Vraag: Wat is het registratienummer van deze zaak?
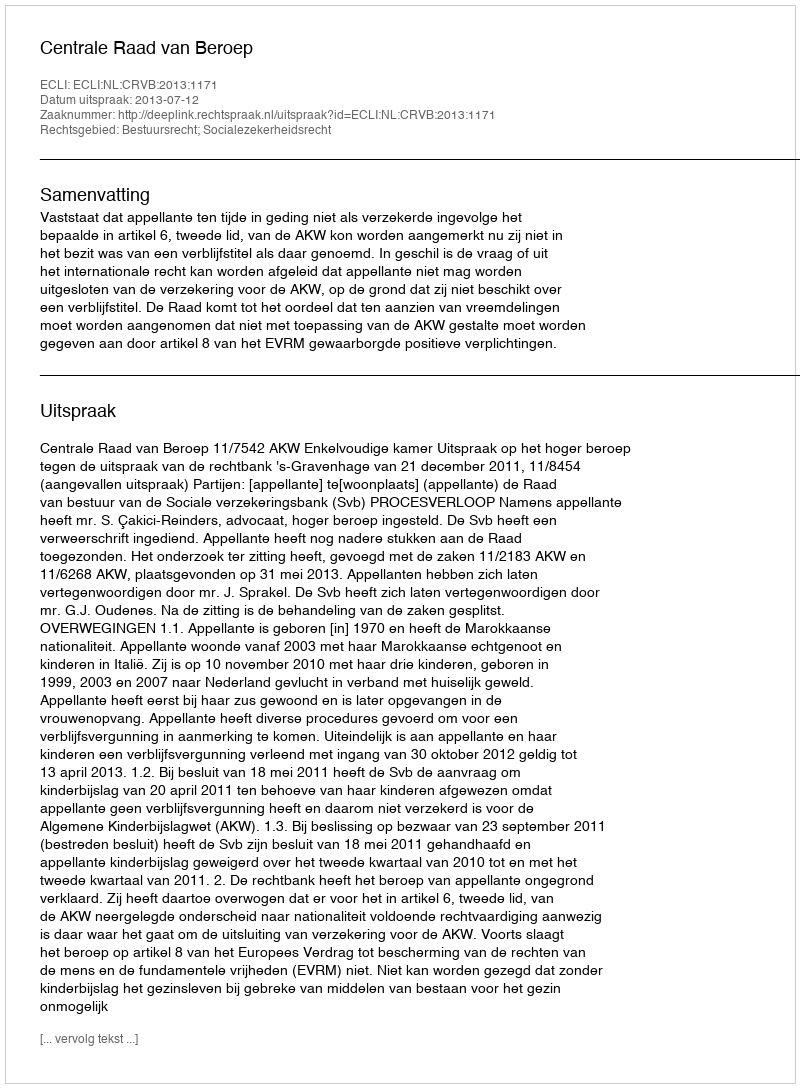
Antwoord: http://deeplink.rechtspraak.nl/uitspraak?id=ECLI:NL:CRVB:2013:1171